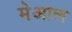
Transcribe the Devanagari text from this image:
मेआल